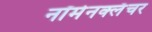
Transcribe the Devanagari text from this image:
नॉमेनक्लॅचर